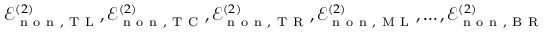
\mathcal { E } _ { \mathrm { ~ n ~ o ~ n ~ } , \mathrm { ~ T ~ L ~ } } ^ { ( 2 ) } , \mathcal { E } _ { \mathrm { ~ n ~ o ~ n ~ } , \mathrm { ~ T ~ C ~ } } ^ { ( 2 ) } , \mathcal { E } _ { \mathrm { ~ n ~ o ~ n ~ } , \mathrm { ~ T ~ R ~ } } ^ { ( 2 ) } , \mathcal { E } _ { \mathrm { ~ n ~ o ~ n ~ } , \mathrm { ~ M ~ L ~ } } ^ { ( 2 ) } , \dotsc , \mathcal { E } _ { \mathrm { ~ n ~ o ~ n ~ } , \mathrm { ~ B ~ R ~ } } ^ { ( 2 ) }